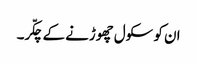
ان کو سکول چھوڑنے کے چکّر۔